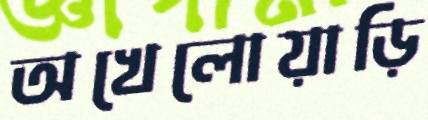
অখেলোয়াড়ি